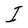
Character: I